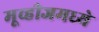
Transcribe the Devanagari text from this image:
मूव्हीजमध्ये